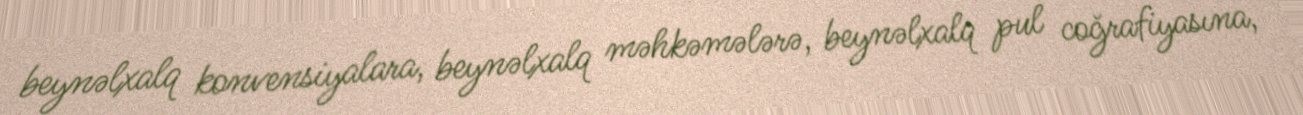
beynəlxalq konvensiyalara, beynəlxalq məhkəmələrə, beynəlxalq pul coğrafiyasına,